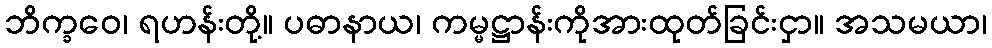
ဘိက္ခဝေ၊ ရဟန်းတို့။ ပဓာနာယ၊ ကမ္မဋ္ဌာန်းကိုအားထုတ်ခြင်းငှာ။ အသမယာ၊